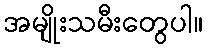
အမျိုးသမီးတွေပါ။